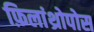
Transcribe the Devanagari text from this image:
फ़िलांथ्रोपोस